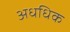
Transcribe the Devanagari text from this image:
अधधिक